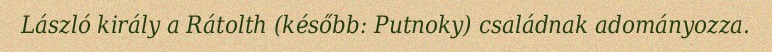
László király a Rátolth (később: Putnoky) családnak adományozza.